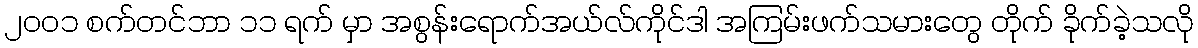
၂၀၀၁ စက်တင်ဘာ ၁၁ ရက် မှာ အစွန်းရောက်အယ်လ်ကိုင်ဒါ အကြမ်းဖက်သမားတွေ တိုက် ခိုက်ခဲ့သလို